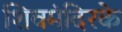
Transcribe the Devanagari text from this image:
शिवमंदिरके